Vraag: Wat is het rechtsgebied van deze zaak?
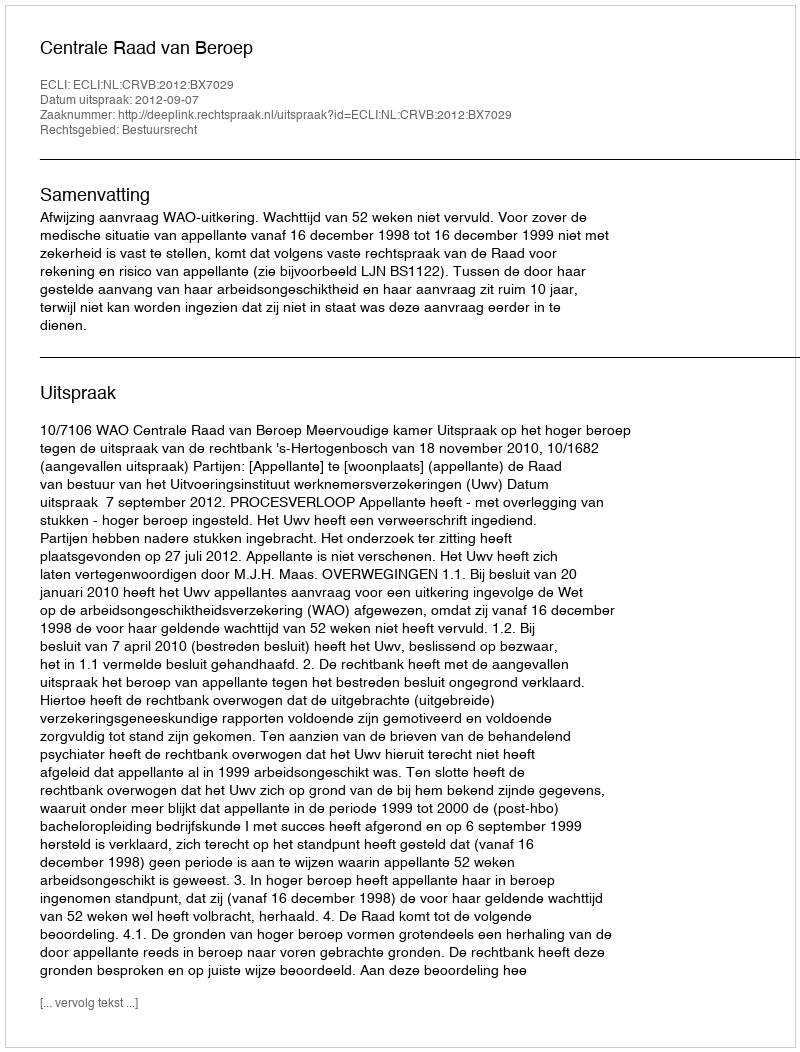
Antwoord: Bestuursrecht